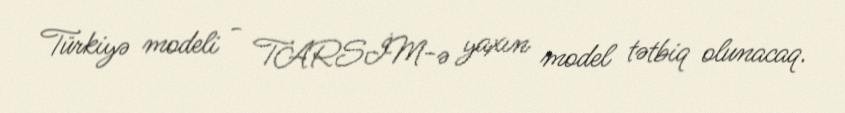
Türkiyə modeli - TARSİM-ə yaxın model tətbiq olunacaq.